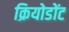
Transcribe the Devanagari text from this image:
क्रियोडोंट